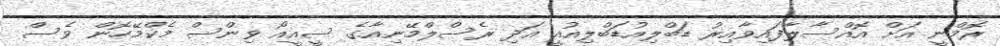
ރޮމްނީ އަށް އޮއްސާލާފައިވާއިރު ޑަބްލިއުޑަބްލިއުއީ އަދި ރެސްލްމޭނިއާގެ ސީއީއޯ ވިންސް މެކްމޭހޮން ވެސް